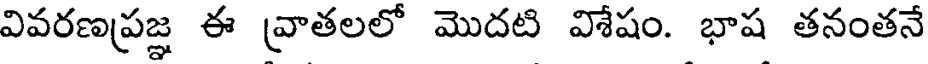
వివరణప్రజ్ఞ ఈ వ్రాతలలో మొదటి విశేషం. భాష తనంతనే